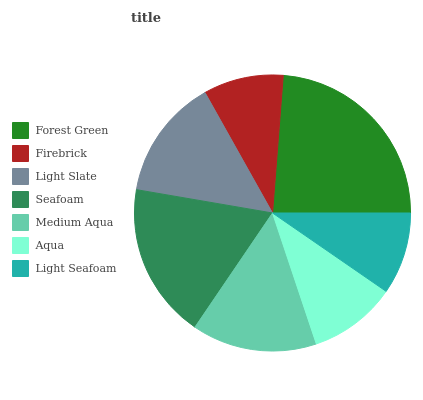
| Forest Green | Firebrick | Light Slate | Seafoam | Medium Aqua | Aqua | Light Seafoam |
 | --- | --- | --- | --- | --- | --- | --- |
 | 23.7% | 9.38% | 14.2% | 18.2% | 14.7% | 10.3% | 9.62% |